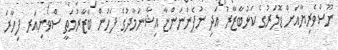
ނޫސްވެރިޔާއަށް ޑޮލަރުގެ ކަޅުބާޒާރު އަދި ނުފެންނަންޏާ އިޝާނަމާދުގެ ފަހުން ބާޒާރުމަތީ ސްވެނިއަރ ފިހާރަ